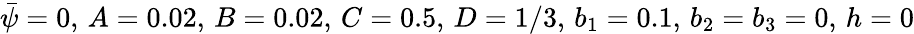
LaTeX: \bar{\psi}=0,\, A=0.02,\, B=0.02,\, C=0.5,\, D=1/3,\, b_{1}=0.1,\, b_{2}=b_{3}=0,\, h=0